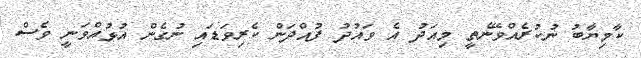
ކާމިޔާބު ނުކުރެއްވޭނެތީ މިއަދު އެ ވައުދު ފުއްދަން ކެރިވަޑައި ނުގެން އުޅުއްވަނީ ވެސް